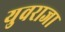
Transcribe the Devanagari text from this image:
युवराजा